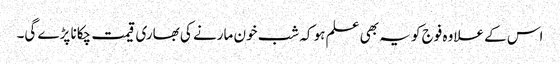
اس کے علاوہ فوج کو یہ بھی علم ہو کہ شب خون مارنے کی بھاری قیمت چکانا پڑے گی۔